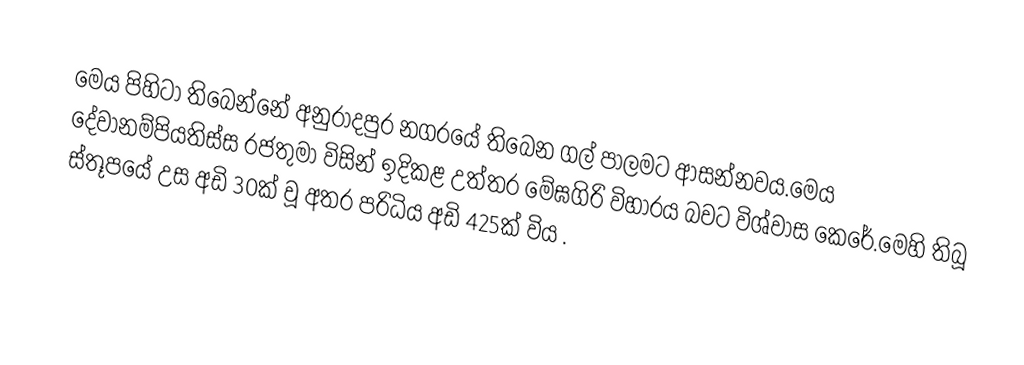
මෙය පිහිටා තිබෙන්නේ අනුරාදපුර නගරයේ තිබෙන ගල් පාලමට ආසන්නවය.මෙය දේවානම්පියතිස්ස රජතුමා විසින් ඉදිකළ උත්තර මේඝගිරි විහාරය බවට විශ්වාස කෙරේ.මෙහි තිබූ ස්තූපයේ උස අඩි 30ක් වූ අතර පරිධිය අඩි 425ක් විය .